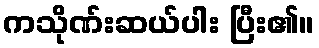
ကသိုဏ်းဆယ်ပါး ပြီး၏။